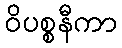
ဝိပစ္စနီကာ